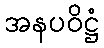
အနပဝိဋ္ဌံ